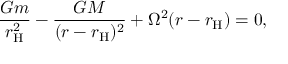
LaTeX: { \frac { G m } { r _ { \mathrm { H } } ^ { 2 } } } - { \frac { G M } { ( r - r _ { \mathrm { H } } ) ^ { 2 } } } + \Omega ^ { 2 } ( r - r _ { \mathrm { H } } ) = 0 ,